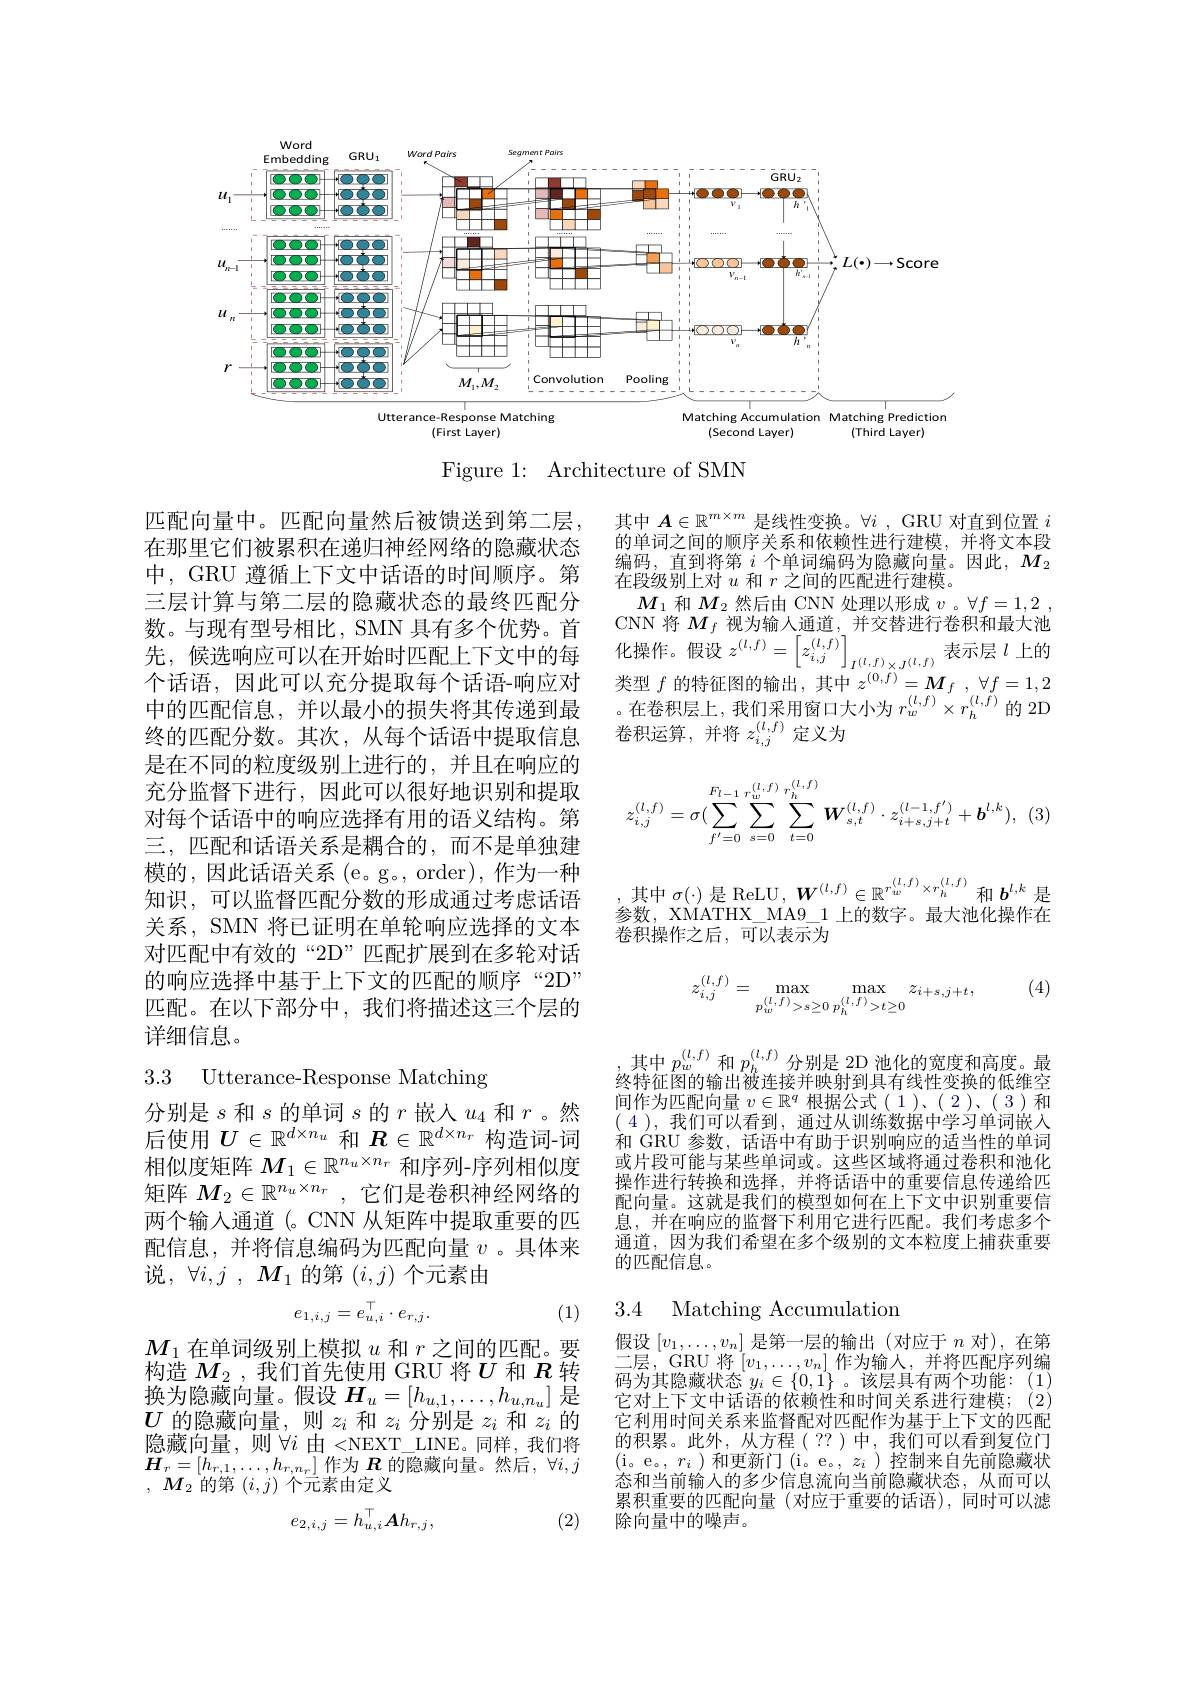
<FigureHere>

Figure 1: Architecture of SMN

其中$\boldsymbol{A}\in\mathbb{R}^m\times m$是线性变换。$\forall i$ , GRU 对直到位置$i$ 的单词之间的顺序关系和依赖性进行建模，并将文本段编码，直到将第$i$个单词编码为隐藏向量。因此，$M_2$ 在段级别上对$u$和$r$之间的匹配进行建模。
$M_1$和$M_2$然后由 CNN 处理以形成$v$ 。$\forall f=1,2$ CNN 将$M_f$视为输人通道，并交替进行卷积和最大池化操作。假设$z^(l,f)=\left\lceil z_{i,j}^{(l,f)}\right\rceil_{I(l,f)\times I(l,f)}$表示层$\iota$上的类型$f$的特征图的输出，其中$z^( 0, f) = \boldsymbol{M}_f$ $, \forall f= 1, 2$ 。在卷积层上，我们采用窗口大小为$r_w^{(l,f)}\times r_h^{(l,\tilde{f})}$的 2D 卷积运算，并将$z_{i,j}^{(l,f)}$定义为

匹配向量中。匹配向量然后被馈送到第二层在那里它们被累积在递归神经网络的隐藏状态中，GRU 遵循上下文中话语的时间顺序。第三层计算与第二层的隐藏状态的最终匹配分数。与现有型号相比，SMN 具有多个优势。首先，候选响应可以在开始时匹配上下文中的每个话语，因此可以充分提取每个话语-响应对中的匹配信息，并以最小的损失将其传递到最终的匹配分数。其次，从每个话语中提取信息是在不同的粒度级别上进行的，并且在响应的充分监督下进行，因此可以很好地识别和提取对每个话语中的响应选择有用的语义结构。第三，匹配和话语关系是耦合的，而不是单独建模的，因此话语关系(e。g。,order),作为一种知识，可以监督匹配分数的形成通过考虑话语关系，SMN 将已证明在单轮响应选择的文本对匹配中有效的“2D”匹配扩展到在多轮对话的响应选择中基于上下文的匹配的顺序“2D” 匹配。在以下部分中，我们将描述这三个层的详细信息。
$$z_{i,j}^{(l,f)}=\sigma(\sum\limits_{f'=0}^{F_{l-1}}\sum\limits_{s=0}^{r_{w}^{(l,f)}}\sum\limits_{t=0}^{r_{h}^{(l,f)}}W_{s,t}^{(l,f)}\cdot z_{i+s,j+t}^{(l-1,f')}+b^{l,k}),$$
,其中 $\sigma(\cdot)$ 是 ReLU$,\boldsymbol W^{(l,f)}\in\mathbb{R}^{r_w^{(l,f)}\times r_h^{(l,f)}}$和$\boldsymbol b^l,k$ 是参数，XMATHX\_ MA9\_1 上的数字。最大池化操作在卷积操作之后，可以表示为

(4)
$$z_{i,j}^{(l,f)}=\max_{p_w^{(l,f)}>s\ge0}\max_{p_h^{(l,f)}>t\ge0}z_{i+s,j+t},$$
3.3 Utterance-Response Matching

分别是$s$和$s$的单词$s$的$r$嵌入$u_4$和$r$。然后使用$U\in\mathbb{R}^d\times n_u$和$\boldsymbol{R}\in\mathbb{R}^d\times n_r$构造词-词

,其中$p_w^{(l,f)}$和$p_h^{(l,f)}$分别是 2D 池化的宽度和高度。最终特征图的输出被连接并映射到具有线性变换的低维空间作为匹配向量$v\in\mathbb{R}^q$根据公式(1)、(2)、(3)和(4),我们可以看到，通过从训练数据中学习单词嵌入和 GRU 参数，话语中有助于识别响应的适当性的单词或片段可能与某些单词或。这些区域将通过卷积和池化操作进行转换和选择，并将话语中的重要信息传递给匹配向量。这就是我们的模型如何在上下文中识别重要信息，并在响应的监督下利用它进行匹配。我们考虑多个通道，因为我们希望在多个级别的文本粒度上捕获重要的匹配信息。

相似度矩阵$M_1\in\mathbb{R}^{n_u\times n_r}$和序列-序列相似度矩阵$M_2\in \mathbb{R} ^{n_u\times n_r}$ ,它们是卷积神经网络的两个输入通道(。CNN 从矩阵中提取重要的匹配信息，并将信息编码为匹配向量$v$ 。具体来说，$\forall i, j$ , $M_1$的第$(i,j)$个元素由

## 3.4 Matching Accumulation
$$e_{1,i,j}=e_{u,i}^\top\cdot e_{r,j}.$$
(1)

$M_1$在单词级别上模拟$u$和$r$之间的匹配。要构造$M_2$ , 我们首先使用 GRU 将$U$和$R$转换为隐藏向量。假设$H_u=[h_{u,1},\ldots,h_{u,n_u}]$是$U$的隐藏向量，则$z_i$和$z_i$分别是$z_i$和$z_i$的隐藏向量，则$\forall i$由 <NEXT LINE。同样，我们将$\boldsymbol{H}_{r}=[h_{r,1},\ldots,h_{r,n_r}]$作为 $\boldsymbol{R}$ 的隐藏向量。然后，$\forall i,j$ , $M_{2}$的第$(i,j)$个元素由定义

假设$[v_1,\ldots,v_n]$是第一层的输出(对应于$n$对),在第二层，GRU 将$\left[v_1,\ldots,v_n\right]$作为输人，并将匹配序列编码为其隐藏状态$y_i\in\{0,1\}$ 。该层具有两个功能：(1) 它对上下文中话语的依赖性和时间关系进行建模；(2) 它利用时间关系来监督配对匹配作为基于上下文的匹配的积累。此外，从方程(??)中，我们可以看到复位门(i。e。,$r_i)$和更新门(i。e。$,z_i)$控制来自先前隐藏状态和当前输入的多少信息流向当前隐藏状态，从而可以累积重要的匹配向量(对应于重要的话语),同时可以滤除向量中的噪声。

(2)
$$e_{2,i,j}=h_{u,i}^\top Ah_{r,j},$$